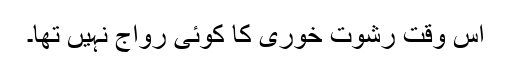
اس وقت رشوت خوری کا کوئی رواج نہیں تھا۔